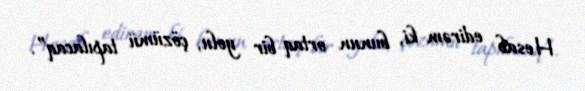
Hesab edirəm ki, bunun ortaq bir yolu, çözümü tapılacaq”.